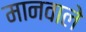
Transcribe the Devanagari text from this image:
मानवाले